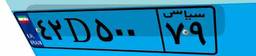
۰۲D۰۲۰۰۳